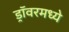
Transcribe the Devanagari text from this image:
ड्रॉवरमध्ये